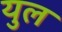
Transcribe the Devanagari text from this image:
युल